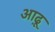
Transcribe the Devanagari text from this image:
आढ़ू